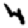
Digit: 4